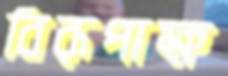
বিরূপাক্ষ